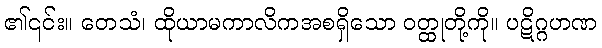
၏၎င်း။ တေသံ၊ ထိုယာမကာလိကအစရှိသော ဝတ္ထုတို့ကို။ ပဋိဂ္ဂဟဏ